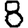
Digit: 8